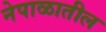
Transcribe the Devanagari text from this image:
नेपाळातील